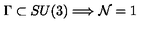
\Gamma \subset S U ( 3 ) \Longrightarrow { \cal N } = 1